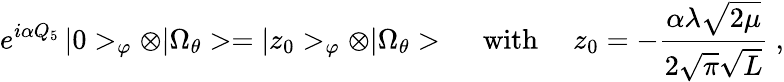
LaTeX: e^{i\alpha Q_{5}}\, |0>_{\varphi}\otimes|\Omega_{\theta}>=|z_{0}>_{\varphi}\otimes|\Omega_{\theta}>\ \ \ \ \ \mathrm{with}\ \ \ \ \ z_{0}=-\frac{\alpha\lambda\sqrt{2\mu}}{2\sqrt{\pi}\sqrt{L}}\ ,